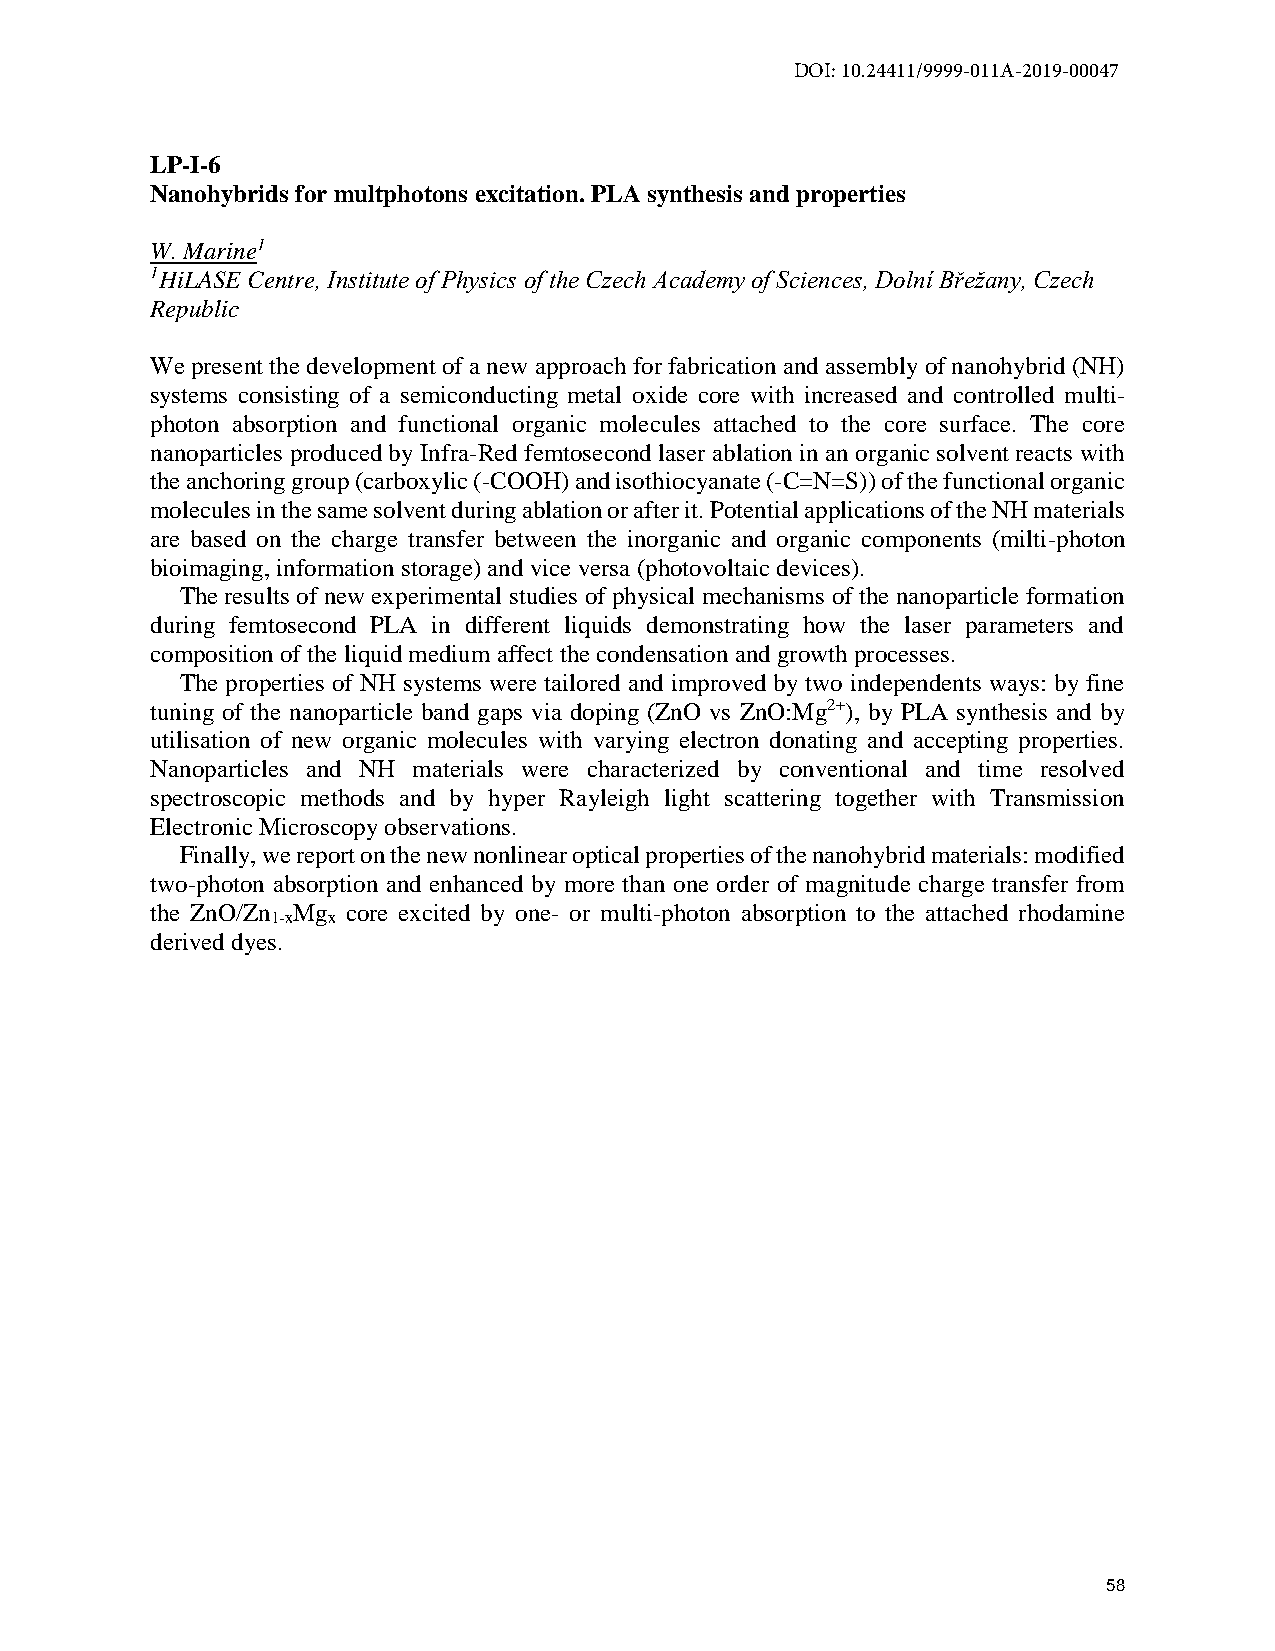
DOI: 10.24411/9999-011A-2019-00047
 LP-I-6
 Nanohybrids for multphotons excitation. PLA synthesis and properties
 W. Marine1
 1HiLASE Centre, Institute of Physics of the Czech Academy of Sciences, Dolní Břežany, Czech
 Republic
 We present the development of a new approach for fabrication and assembly of nanohybrid (NH)
 systems consisting of a semiconducting metal oxide core with increased and controlled multi-
 photon absorption and functional organic molecules attached to the core surface. The core
 nanoparticles produced by Infra-Red femtosecond laser ablation in an organic solvent reacts with
 the anchoring group (carboxylic (-COOH) and isothiocyanate (-C=N=S)) of the functional organic
 molecules in the same solvent during ablation or after it. Potential applications of the NH materials
 are based on the charge transfer between the inorganic and organic components (milti-photon
 bioimaging, information storage) and vice versa (photovoltaic devices).
 The results of new experimental studies of physical mechanisms of the nanoparticle formation
 during femtosecond PLA in different liquids demonstrating how the laser parameters and
 composition of the liquid medium affect the condensation and growth processes.
 The properties of NH systems were tailored and improved by two independents ways: by fine
 tuning of the nanoparticle band gaps via doping (ZnO vs ZnO:Mg2+), by PLA synthesis and by
 utilisation of new organic molecules with varying electron donating and accepting properties.
 Nanoparticles and NH materials were characterized by conventional and time resolved
 spectroscopic methods and by hyper Rayleigh light scattering together with Transmission
 Electronic Microscopy observations.
 Finally, we report on the new nonlinear optical properties of the nanohybrid materials: modified
 two-photon absorption and enhanced by more than one order of magnitude charge transfer from
 the ZnO/Zn Mg core excited by one- or multi-photon absorption to the attached rhodamine
 1-x x
 derived dyes.
 58